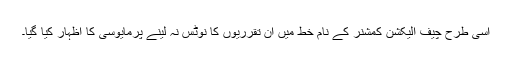
اسی طرح چیف الیکشن کمشنر کے نام خط میں ان تقرریوں کا نوٹس نہ لینے پرمایوسی کا اظہار کیا گیا۔